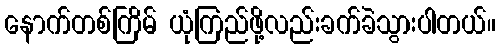
နောက်တစ်ကြိမ် ယုံကြည်ဖို့လည်းခက်ခဲသွားပါတယ်။